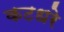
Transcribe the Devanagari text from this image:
कटधरे